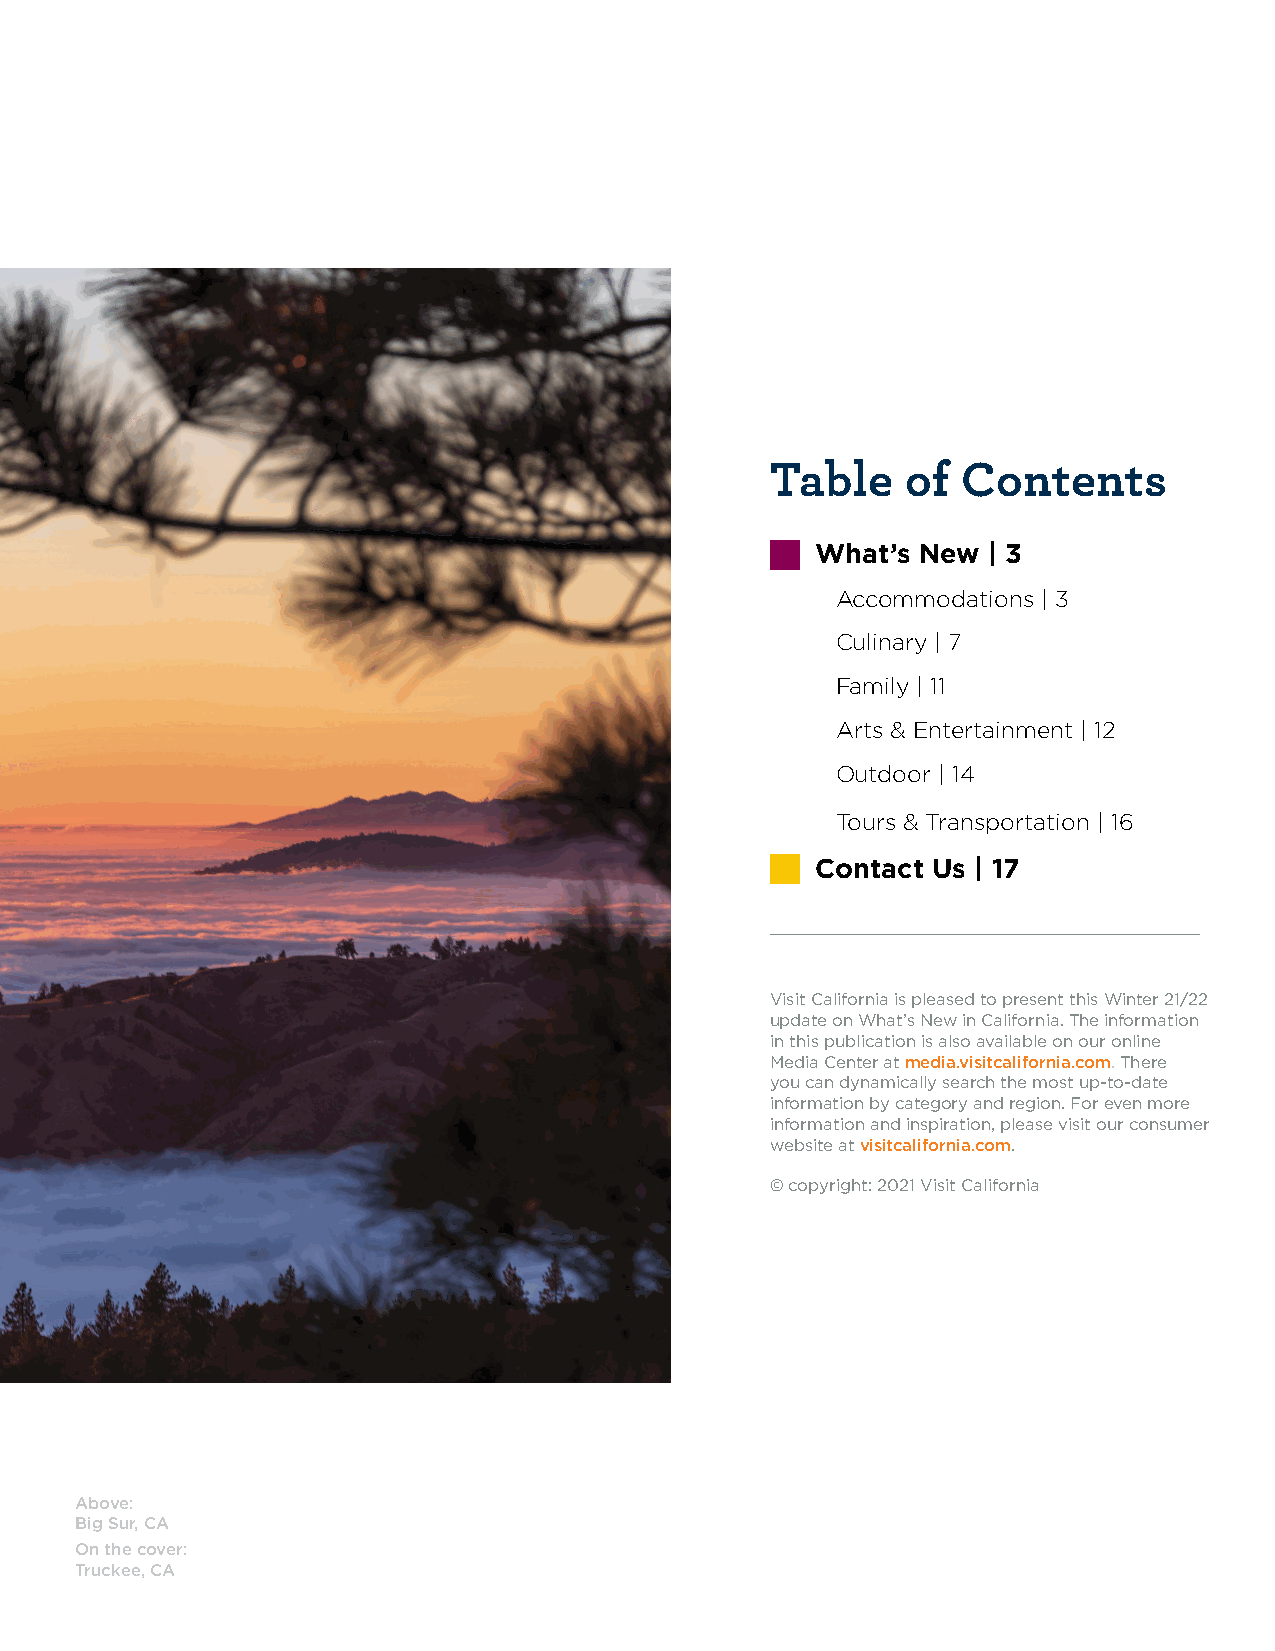
Table    of  Contents
 What’s New | 3
 Accommodations | 3
 Culinary | 7
 Family | 11
 Arts & Entertainment | 12
 Outdoor | 14
 Tours & Transportation | 16
 Contact Us | 17
 Visit California is pleased to present this Winter 21/22
 update on What’s New in California. The information
 in this publication is also available on our online
 Media Center at media.visitcalifornia.com. There
 you can dynamically search the most up-to-date
 information by category and region. For even more
 information and inspiration, please visit our consumer
 website at visitcalifornia.com.
 © copyright: 2021 Visit California
 Above:
 Big Sur, CA
 On the cover:
 Truckee, CA